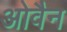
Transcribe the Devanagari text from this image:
ओवैन